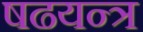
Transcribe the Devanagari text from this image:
षढयन्त्र